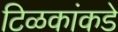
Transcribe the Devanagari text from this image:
टिळकांकडे